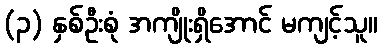
(၃) နှစ်ဦးစုံ အကျိုးရှိအောင် မကျင့်သူ။